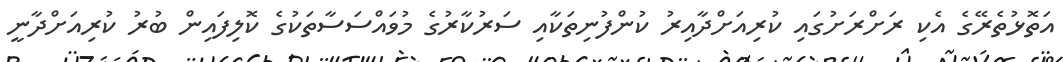
އަތޮޅުތެރޭގެ އެކި ރަށްރަށުގައި ކުރިއަށްދާއިރު ކުންފުނިތަކާއި ސަރުކާރުގެ މުވައްސަސާތަކުގެ ކޮލިފައިން ބުރު ކުރިއަށްދާނީ